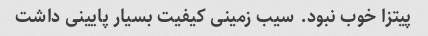
پیتزا خوب نبود. سیب زمینی کیفیت بسیار پایینی داشت